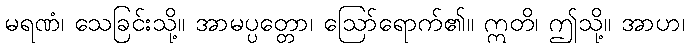
မရဏံ၊ သေခြင်းသို့။ အာမပ္ပတ္တော၊ ဩော်ရောက်၏။ ဣတိ၊ ဤသို့။ အာဟ၊